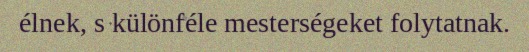
élnek, s különféle mesterségeket folytatnak.